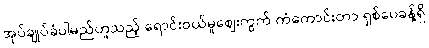
အုပ်ချုပ်ခံပါမည်ဟူသည့် ရောင်းဝယ်မှုဈေးကွက် ကံကောင်းတာ ရှစ်ပေခန့်ရှိ